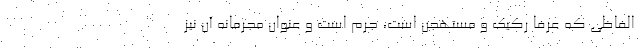
الفاظی که عرفاً رکیک و مستهجن است، جرم است و عنوان مجرمانه آن نیز